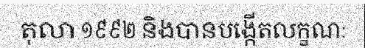
តុលា ១៩៩២ និងបានបង្កើតលក្ខណៈ